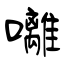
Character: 囄